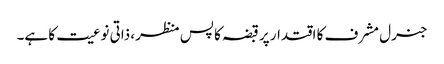
جنرل مشرف کا اقتدار پر قبضہ کا پس منظر، ذاتی نوعیت کا ہے۔